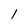
Character: 1